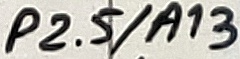
Text: P2.5/A13